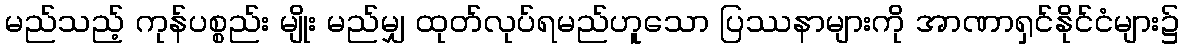
မည်သည့် ကုန်ပစ္စည်း မျိုး မည်မျှ ထုတ်လုပ်ရမည်ဟူသော ပြဿနာများကို အာဏာရှင်နိုင်ငံများ၌